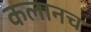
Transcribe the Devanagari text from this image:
कलानच